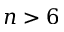
n > 6